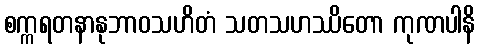
စက္ကရတနာနုဘာဝသဟိတံ သတသဟဿိတော ကုဏပါနိ